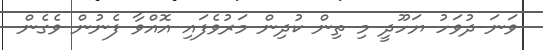
ވަނަ ދުވަހު ޔަހޫދީ މި ތިން ކުދިން މަރުވެފައި އޮއްވާ ފެނުން ވެގެން